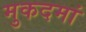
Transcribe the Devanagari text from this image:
मुकदमां